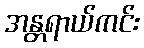
အန္တရာယ်ကင်း